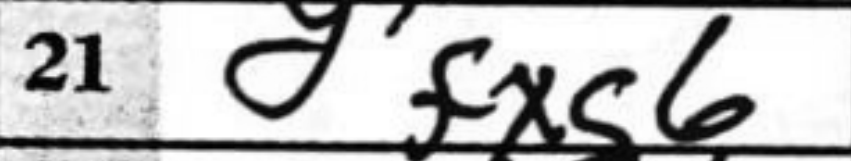
Transcription: fxg6